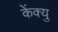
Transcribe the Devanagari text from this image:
केंक्यु